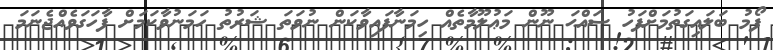
ފޯމު ބަލައިގަތުމަށްފަހު ސައްޙަ ނޫން މަޢުލޫމާތެއް ހިމަނާފައިވާކަން ނުވަތަ ޝަރުތު ހަމަނުވާކަމަށް ފާހަގަވެއްޖެނަމަ